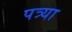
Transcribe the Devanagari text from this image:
पत्र्या